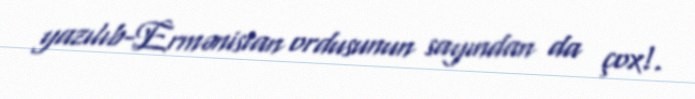
yazılıb-Ermənistan ordusunun sayından da çox!.